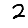
Digit: 2